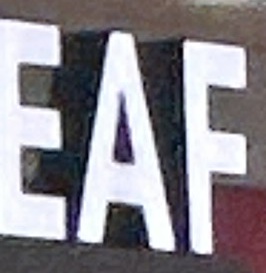
EAF